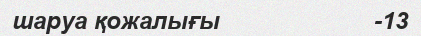
шаруа қожалығы                      -13